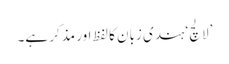
’لالچ‘ ہندی زبان کا لفظ اور مذکر ہے۔